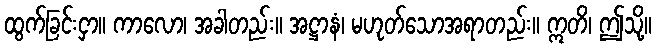
ထွက်ခြင်းငှာ။ ကာလော၊ အခါတည်း။ အဋ္ဌာနံ၊ မဟုတ်သောအရာတည်း။ ဣတိ၊ ဤသို့။